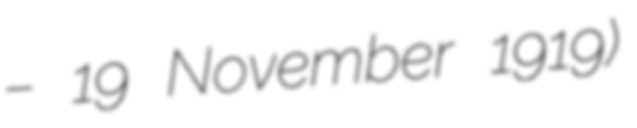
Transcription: – 19 November 1919)